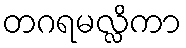
တဂရမလ္လိကာ